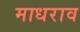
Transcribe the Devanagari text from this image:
माधराव